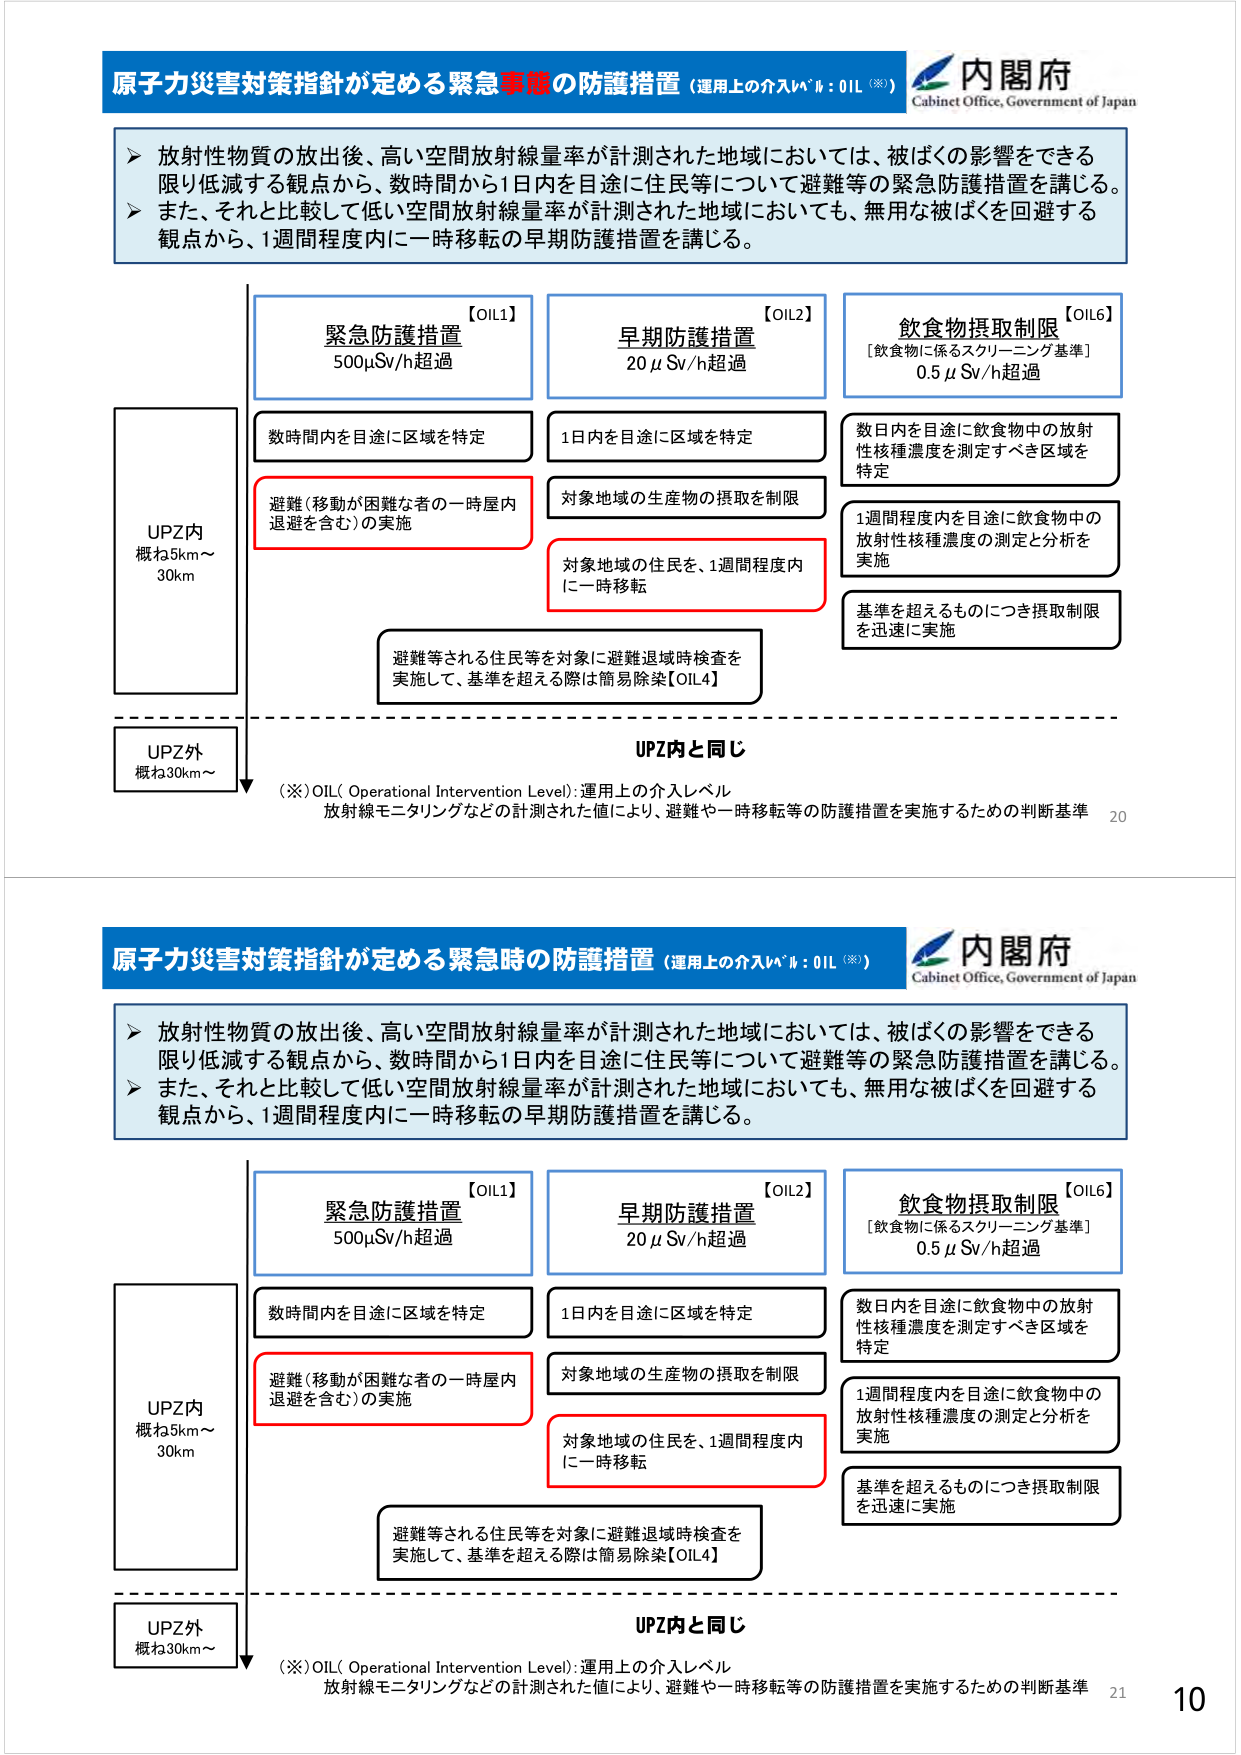
原子力災害対策指針が定める緊急事態の防護措置（運用上の介入レベル：OIL（※））
内閣府
Cabinet Office, Government of Japan

▶ 放射性物質の放出後、高い空間放射線量率が計測された地域においては、被ばくの影響をできる限り低減する観点から、数時間から1日内を目途に住民等について避難等の緊急防護措置を講じる。
▶ また、それと比較して低い空間放射線量率が計測された地域においても、無用な被ばくを回避する観点から、1週間程度内に一時移転の早期防護措置を講じる。

【OIL1】
緊急防護措置
500μSv/h超過

【OIL2】
早期防護措置
20 μSv/h超過

【OIL6】
飲食物摂取制限
［飲食物に係るスクリーニング基準］
0.5 μSv/h超過

UPZ内
概ね5km～30km

数時間内を目途に区域を特定

避難（移動が困難な者の一時屋内退避を含む）の実施

1日内を目途に区域を特定

対象地域の生産物の摂取を制限

対象地域の住民を、1週間程度内に一時移転

数日内を目途に飲食物中の放射性核種濃度を測定すべき区域を特定

1週間程度内を目途に飲食物中の放射性核種濃度の測定と分析を実施

基準を超えるものにつき摂取制限を迅速に実施

避難等される住民等を対象に避難退域時検査を実施して、基準を超える際は簡易除染【OIL4】

UPZ外
概ね30km～

UPZ内と同じ

（※）OIL（Operational Intervention Level）：運用上の介入レベル
放射線モニタリングなどの計測された値により、避難や一時移転等の防護措置を実施するための判断基準

20

原子力災害対策指針が定める緊急時の防護措置（運用上の介入レベル：OIL（※））
内閣府
Cabinet Office, Government of Japan

▶ 放射性物質の放出後、高い空間放射線量率が計測された地域においては、被ばくの影響をできる限り低減する観点から、数時間から1日内を目途に住民等について避難等の緊急防護措置を講じる。
▶ また、それと比較して低い空間放射線量率が計測された地域においても、無用な被ばくを回避する観点から、1週間程度内に一時移転の早期防護措置を講じる。

【OIL1】
緊急防護措置
500μSv/h超過

【OIL2】
早期防護措置
20 μSv/h超過

【OIL6】
飲食物摂取制限
［飲食物に係るスクリーニング基準］
0.5 μSv/h超過

UPZ内
概ね5km～30km

数時間内を目途に区域を特定

避難（移動が困難な者の一時屋内退避を含む）の実施

1日内を目途に区域を特定

対象地域の生産物の摂取を制限

対象地域の住民を、1週間程度内に一時移転

数日内を目途に飲食物中の放射性核種濃度を測定すべき区域を特定

1週間程度内を目途に飲食物中の放射性核種濃度の測定と分析を実施

基準を超えるものにつき摂取制限を迅速に実施

避難等される住民等を対象に避難退域時検査を実施して、基準を超える際は簡易除染【OIL4】

UPZ外
概ね30km～

UPZ内と同じ

（※）OIL（Operational Intervention Level）：運用上の介入レベル
放射線モニタリングなどの計測された値により、避難や一時移転等の防護措置を実施するための判断基準

21
10